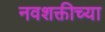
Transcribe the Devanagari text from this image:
नवशक्तीच्या